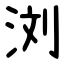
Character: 浏